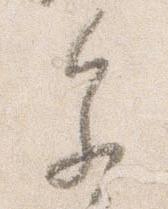
参